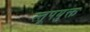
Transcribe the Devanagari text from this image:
स्तूपयुक्त